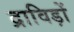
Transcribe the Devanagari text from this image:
द्राविड़ों